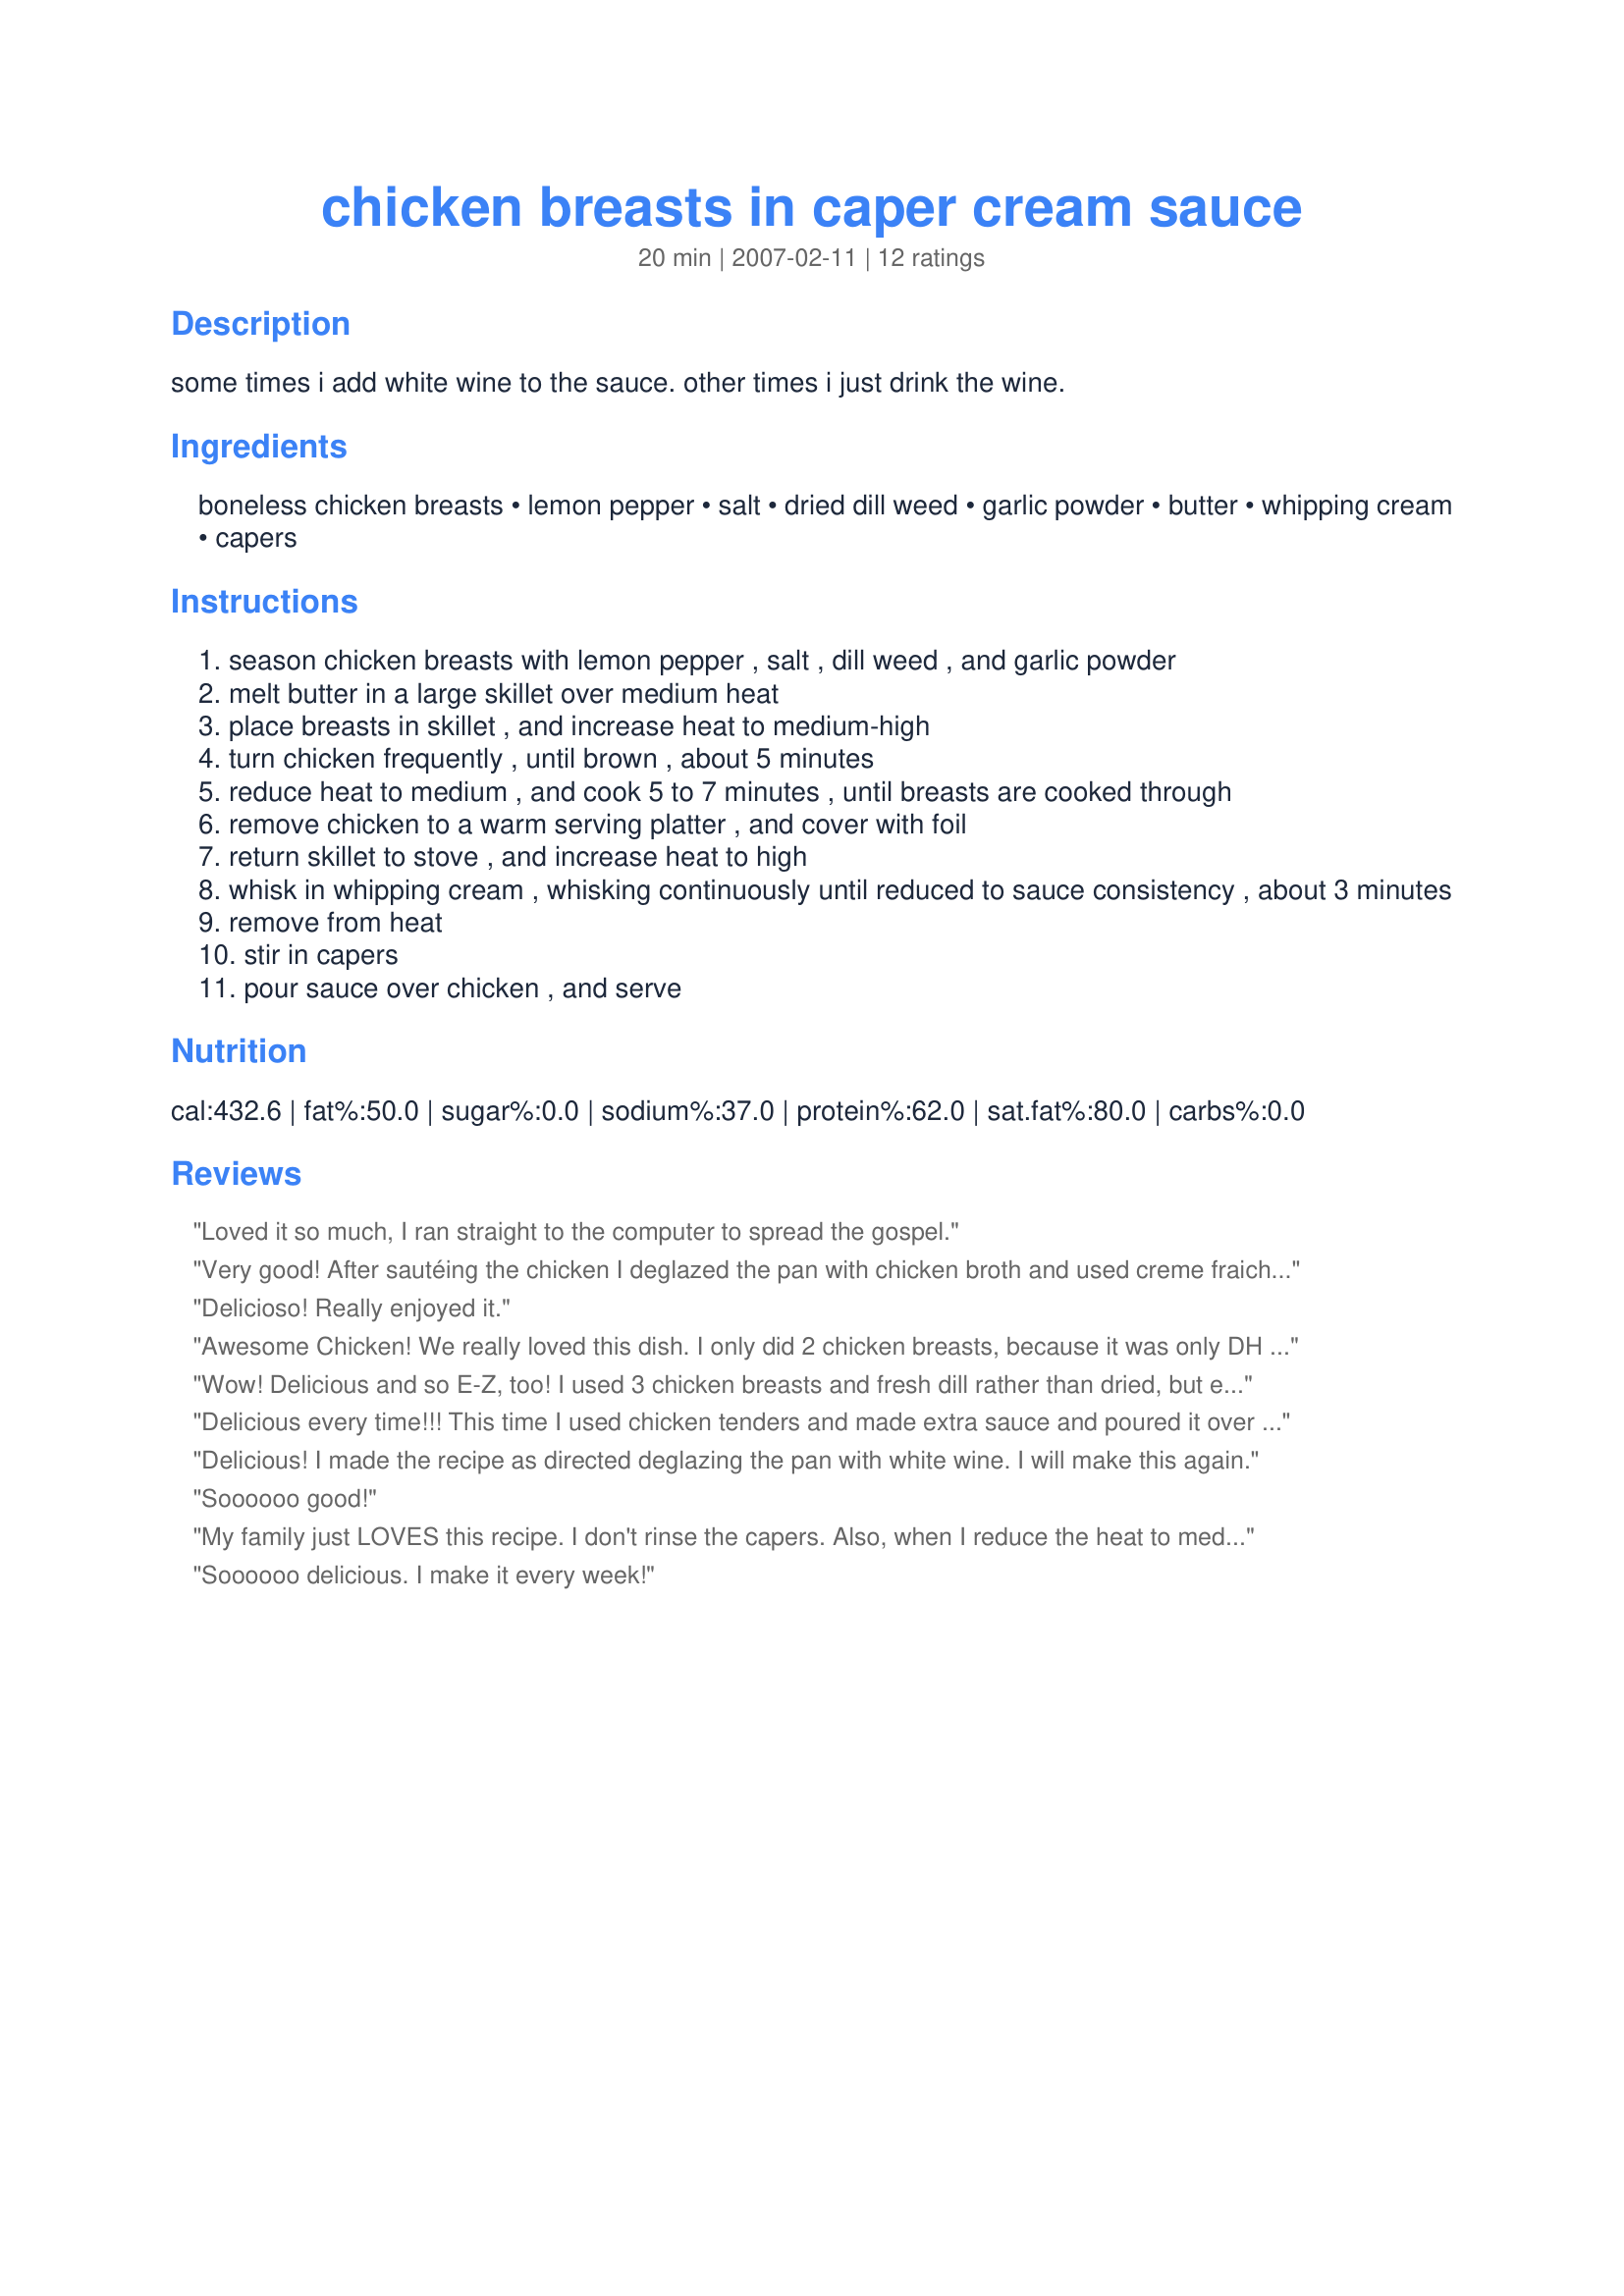
chicken breasts in caper cream sauce
Preparation time: 20 minutes

some times i add white wine to the sauce.
other times i just drink the wine.

Ingredients:
boneless chicken breasts, lemon pepper, salt, dried dill weed, garlic powder, butter, whipping cream, capers

Steps:
season chicken breasts with lemon pepper , salt , dill weed , and garlic powder
melt butter in a large skillet over medium heat
place breasts in skillet , and increase heat to medium-high
turn chicken frequently , until brown , about 5 minutes
reduce heat to medium , and cook 5 to 7 minutes , until breasts are cooked through
remove chicken to a warm serving platter , and cover with foil
return skillet to stove , and increase heat to high
whisk in whipping cream , whisking continuously until reduced to sauce consistency , about 3 minutes
remove from heat
stir in capers
pour sauce over chicken , and serve

Reviews:
Loved it so much, I ran straight to the computer to spread the gospel.
Very good! After sautéing the chicken I deglazed the pan with chicken broth and used creme fraiche rather than whipping cream as that's what I had on hand. The consistency of the sauce was excellent.
Delicioso! Really enjoyed it.
Awesome Chicken! We really loved this dish. I only did 2 chicken breasts, because it was only DH and I.I should have done 3! He ate all his, and I shared some of mine with him.I love the dill and capers together!Thanks Ms.Pia, we will be having this again!
Wow! Delicious and so E-Z, too! I used 3 chicken breasts and fresh dill rather than dried, but everything else the same. As someone else suggested, I, too, covered the pan while the breasts finished cooking. Even my hubby, who gets bored pretty quickly with most chicken breast recipes really liked it. This is definitely a winner & a keeper. Thanks for sharing.
Delicious every time!!! This time I used chicken tenders and made extra sauce and poured it over pasta! Yummy.
Delicious! I made the recipe as directed deglazing the pan with white wine. I will make this again.
Soooooo good!
My family just LOVES this recipe. I don't rinse the capers. Also, when I reduce the heat to medium, I cover the pan. This goes well with peas and rice pilaf.
Soooooo delicious. I make it every week!
Yummy Chicken! We all loved this dish but next time I think I'll use a little less dill and a little more lemon pepper, but only because we adore anything lemon.
This sounded so good. I had to try it last night. I took both of your suggestions, adding and drinking the white wine. The outcome was outstanding! thank you!
